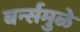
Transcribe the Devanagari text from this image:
बर्न्समुळे